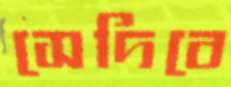
সেদিবে